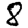
Digit: 8